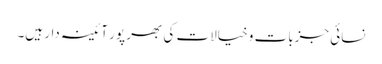
نسائی جزبات و خیالات کی بھر پور آئینہ دار ہیں۔